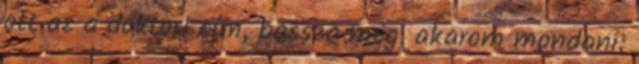
ott az a doktori cím, bassza meg, akarom mondani: